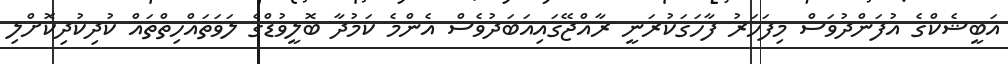
އަބީޝެކްގެ އުފަންދުވަސް މިފަހަރު ފާހަގަކުރަނީ ރާއްޖޭގައިއަބަދުވެސް އެންމެ ކަމުދާ ބޮލީވުޑްގެ ލަވަތައްހިތްތައް ކުދިކުދިކޮށްލި